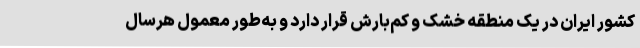
کشور ایران در یک منطقه خشک و کم‌بارش قرار دارد و به‌طور معمول هرسال